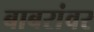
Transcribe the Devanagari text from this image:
बाबरांवर